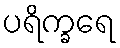
ပရိက္ခရေ